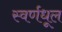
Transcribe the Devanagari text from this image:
स्वर्णधूल